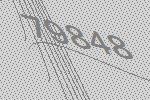
79848